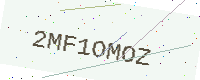
Text: 2MF1OMOZ